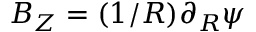
B _ { Z } = ( 1 / R ) \partial _ { R } \psi